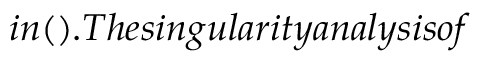
i n ( ) . T h e s i n g u l a r i t y a n a l y s i s o f